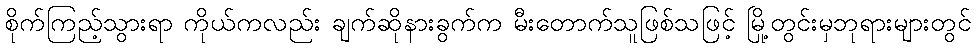
စိုက်ကြည့်သွားရာ ကိုယ်ကလည်း ချက်ဆိုနားခွက်က မီးတောက်သူဖြစ်သဖြင့် မြို့တွင်းမှဘုရားများတွင်